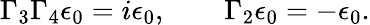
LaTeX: \Gamma_{3}\Gamma_{4}\epsilon_{0}=i\epsilon_{0},\qquad\Gamma_{2}\epsilon_{0}=-\epsilon_{0}.